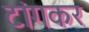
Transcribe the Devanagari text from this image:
टांगकर